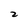
Character: 2